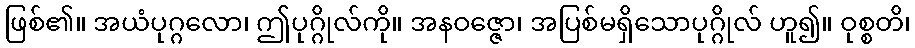
ဖြစ်၏။ အယံပုဂ္ဂလော၊ ဤပုဂ္ဂိုလ်ကို။ အနဝဇ္ဇော၊ အပြစ်မရှိသောပုဂ္ဂိုလ် ဟူ၍။ ဝုစ္စတိ၊